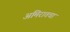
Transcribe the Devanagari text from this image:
अमिरातचा